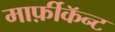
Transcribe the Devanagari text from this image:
मार्फ़ीकॅन्ट